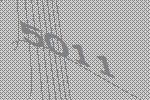
5011